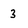
Character: 3